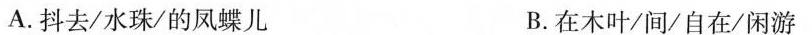
A.抖去/水珠/的凤蝶儿 B.在木叶/间/自在/闲游